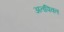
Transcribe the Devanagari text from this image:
अतपिक्त